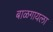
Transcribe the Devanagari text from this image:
बाळगायला